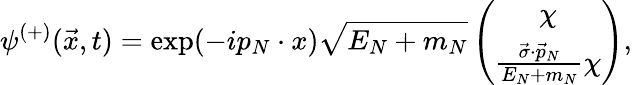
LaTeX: \psi^{(+)}(\vec{x},t)=\exp(-ip_{N}\cdot x)\sqrt{E_{N}+m_{N}}\left(\begin{array}{c}{{\chi}}\\ {{\frac{\vec{\sigma}\cdot\vec{p}_{N}}{E_{N}+m_{N}}\chi}}\end{array}\right),